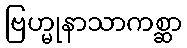
ဗြဟ္မုနာသာကစ္ဆာ